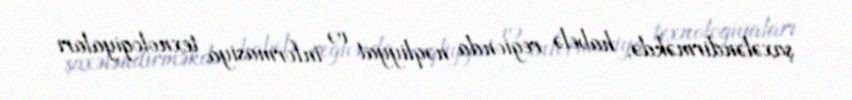
şaxələndirməkdə, habelə regionda nəqliyyat və informasiya texnologiyaları